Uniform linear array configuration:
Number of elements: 24
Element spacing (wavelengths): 1
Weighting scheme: uniform
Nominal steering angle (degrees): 45
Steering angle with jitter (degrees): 46.031
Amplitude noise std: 0.05
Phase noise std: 0.05

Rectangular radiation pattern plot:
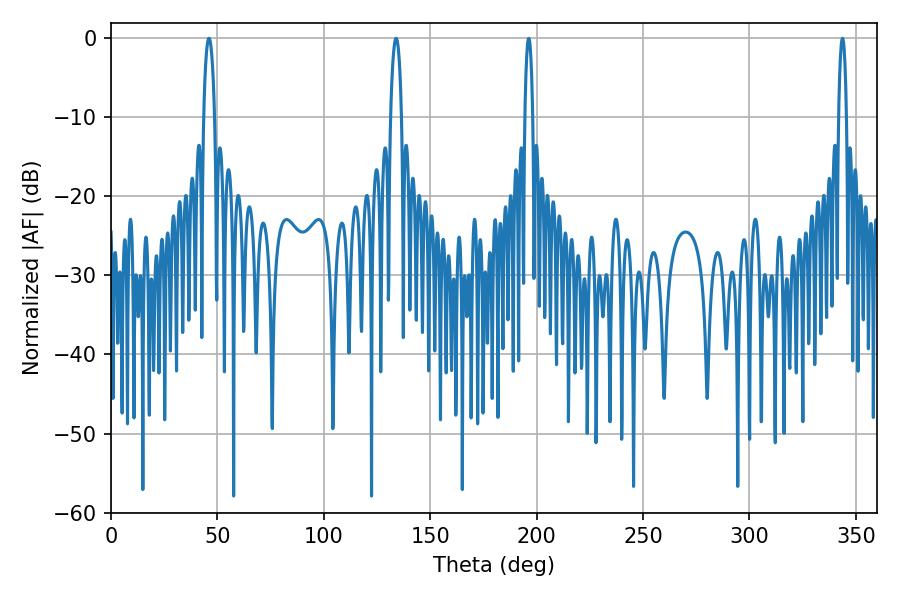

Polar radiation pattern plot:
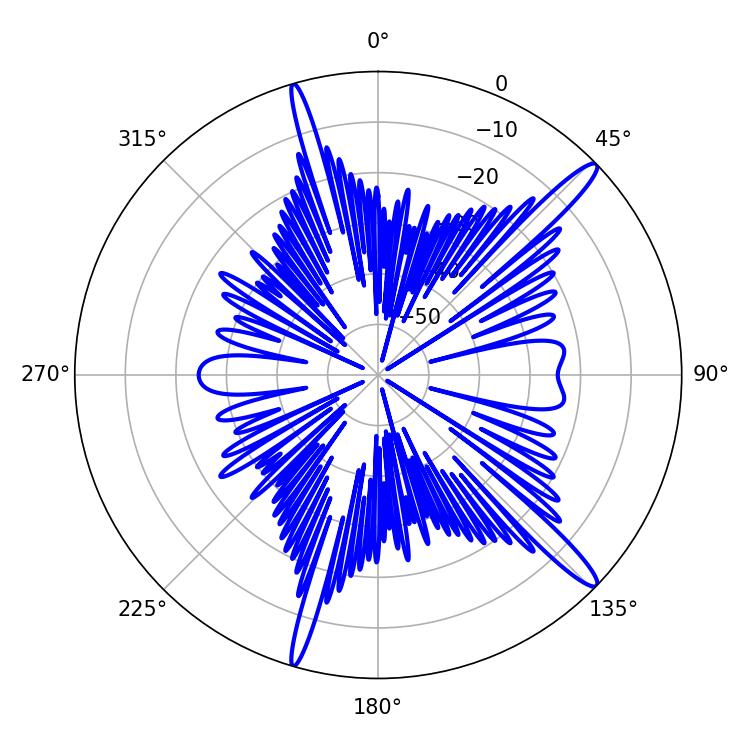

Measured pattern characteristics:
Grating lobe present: TRUE
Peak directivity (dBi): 15.081
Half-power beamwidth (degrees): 2.88
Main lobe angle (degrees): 133.92